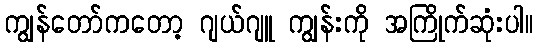
ကျွန်တော်ကတော့ ဂျယ်ဂျူ ကျွန်းကို အကြိုက်ဆုံးပါ။